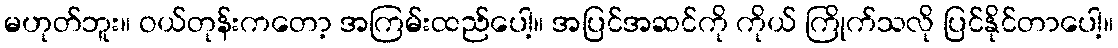
မဟုတ်ဘူး။ ဝယ်တုန်းကတော့ အကြမ်းထည်ပေါ့။ အပြင်အဆင်ကို ကိုယ် ကြိုက်သလို ပြင်နိုင်တာပေါ့။